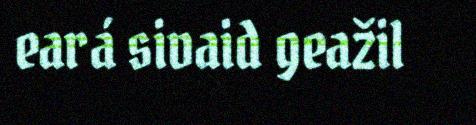
eará sivaid geažil